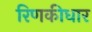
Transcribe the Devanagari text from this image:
रिणकीधार